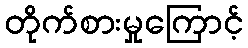
တိုက်စားမှုကြောင့်